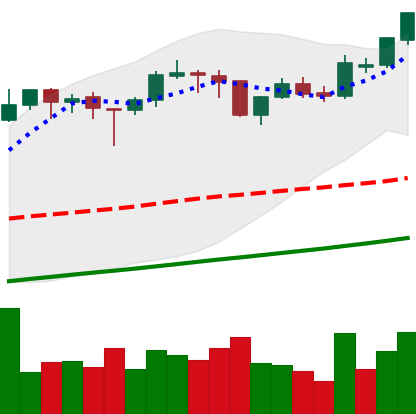
Ticker: BTC-USD
Chart end date: 2017-11-01
Forward return: 3.775%
Label: up_3_5